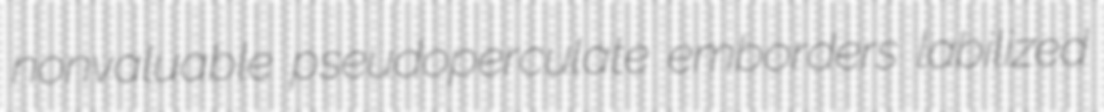
nonvaluable pseudoperculate emborders labilized